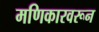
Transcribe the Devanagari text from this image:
मणिकारवरून